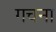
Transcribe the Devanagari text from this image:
गचना